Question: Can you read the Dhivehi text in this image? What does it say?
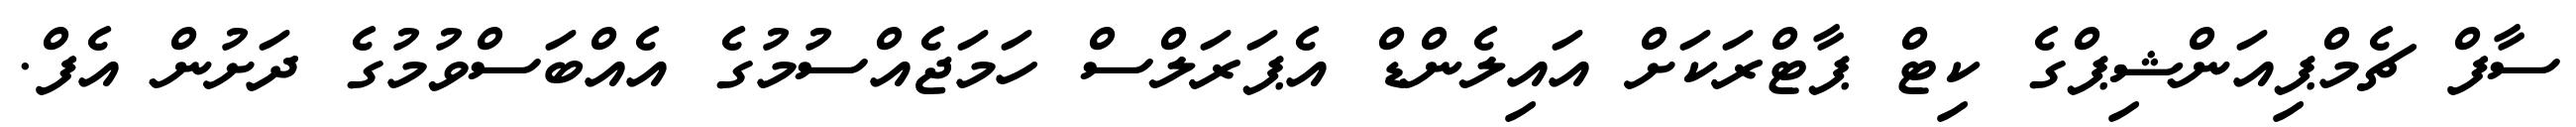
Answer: ސާފް ޗެމްޕިއަންޝިޕްގެ ކިޓް ޕާޓްރަކަށް އައިލެންޑް އެޕަރަލްސް ހަމަޖެއްސުމުގެ އެއްބަސްވުމުގެ ދަށުން އެފް.